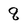
Character: q